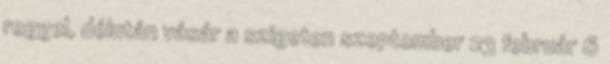
reggel, délután vásár a szigeten szeptember 23 február 6